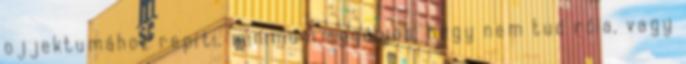
ojjektumához repíti, minimum aggályos, hogy nem tud róla, vagy